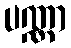
ပဏ္ဏာ